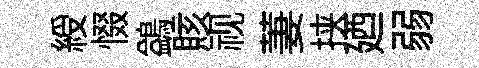
綬惙鷁賅视萋挟廼弱